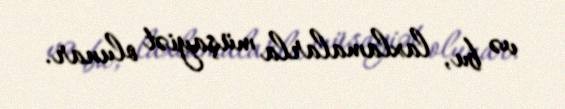
və bu, laxlamalarla müşayiət olunar.